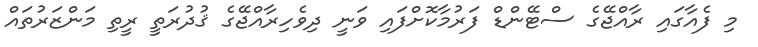
މި ފެއާގައި ރާއްޖޭގެ ސްޓޭންޑް ފަރުމާކޮށްފައި ވަނީ ދިވެހިރާއްޖޭގެ ޤުދުރަތީ ރީތި މަންޒަރުތައް